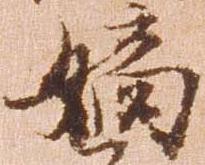
嫡